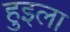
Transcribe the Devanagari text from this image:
हुइला